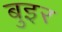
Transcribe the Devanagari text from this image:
बुइर